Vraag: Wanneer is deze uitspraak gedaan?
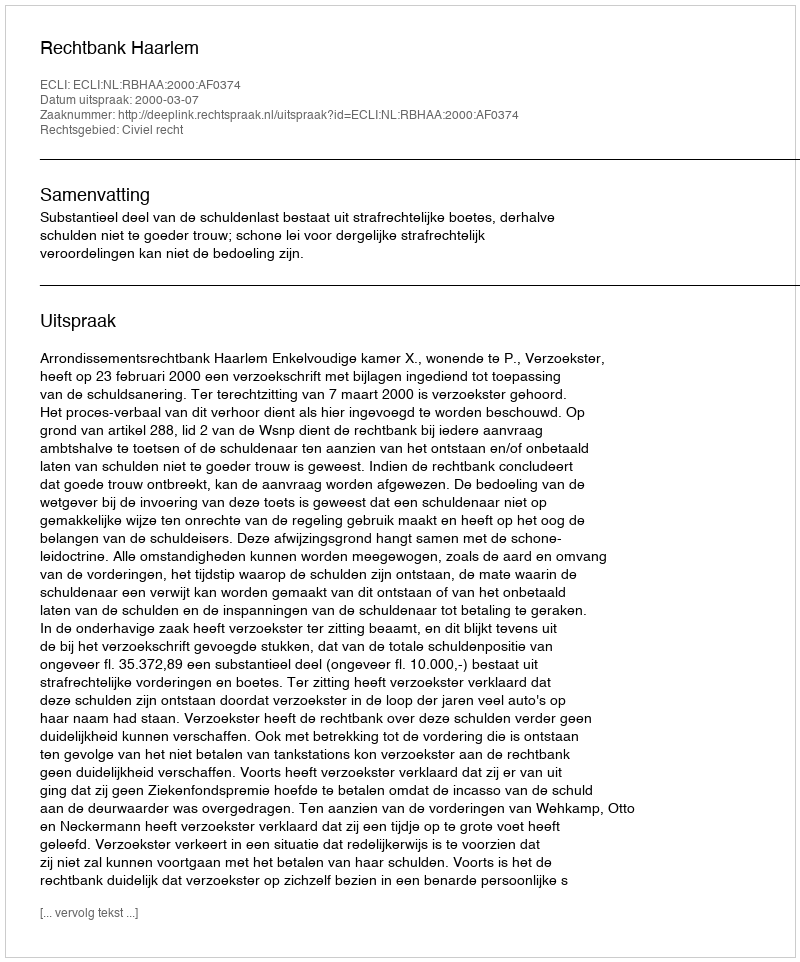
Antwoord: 2000-03-07